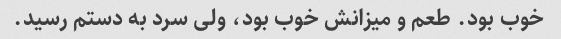
خوب بود. طعم و میزانش خوب بود، ولى سرد به دستم رسید.